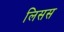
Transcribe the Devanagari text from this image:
लिसस